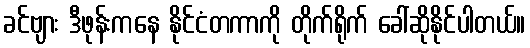
ခင်ဗျား ဒီဖုန်းကနေ နိုင်ငံတကာကို တိုက်ရိုက် ခေါ်ဆိုနိုင်ပါတယ်။